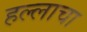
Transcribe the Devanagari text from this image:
हल्लाचा